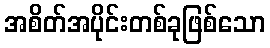
အစိတ်အပိုင်းတစ်ခုဖြစ်သော